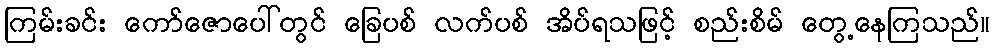
ကြမ်းခင်း ကော်ဇောပေါ်တွင် ခြေပစ် လက်ပစ် အိပ်ရသဖြင့် စည်းစိမ် တွေ့နေကြသည်။